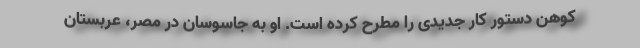
کوهن دستور کار جدیدی را مطرح کرده است. او به جاسوسان در مصر، عربستان